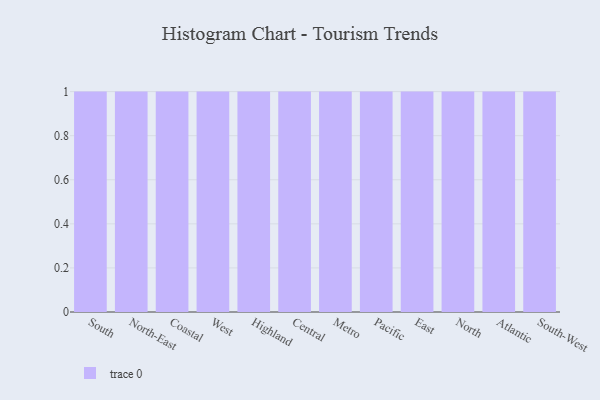
{"axis": {"x": "Region", "y": "Backlog"}, "legend": [""], "data": [{"x": "South", "y": 68, "type": ""}, {"x": "North-East", "y": 90, "type": ""}, {"x": "Coastal", "y": 64, "type": ""}, {"x": "West", "y": 69, "type": ""}, {"x": "Highland", "y": 62, "type": ""}, {"x": "Central", "y": 53, "type": ""}, {"x": "Metro", "y": 72, "type": ""}, {"x": "Pacific", "y": 88, "type": ""}, {"x": "East", "y": 96, "type": ""}, {"x": "North", "y": 88, "type": ""}, {"x": "Atlantic", "y": 75, "type": ""}, {"x": "South-West", "y": 36, "type": ""}]}